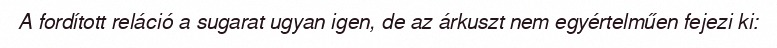
A fordított reláció a sugarat ugyan igen, de az árkuszt nem egyértelműen fejezi ki: